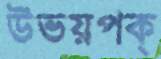
উভয়পক্